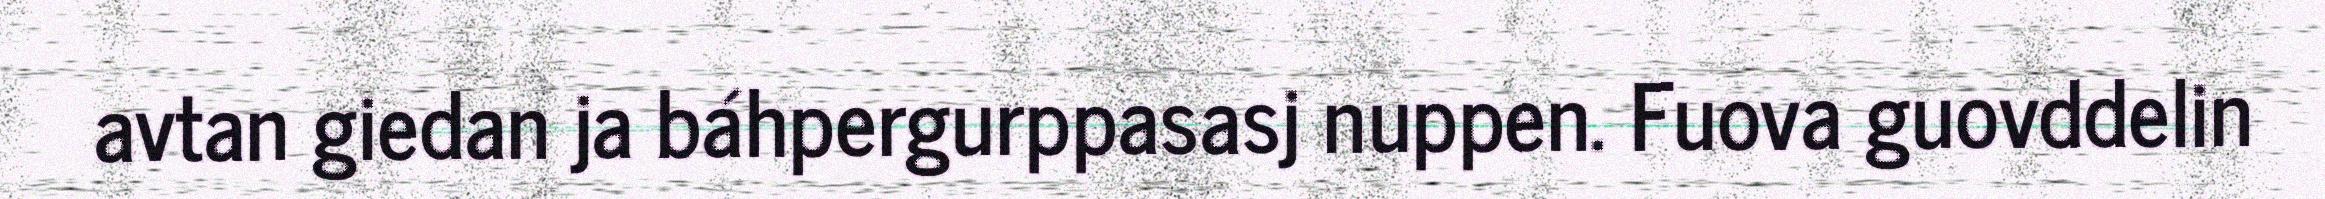
avtan giedan ja báhpergurppasasj nuppen. Fuova guovddelin